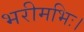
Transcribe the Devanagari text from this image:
भरीमभिः।